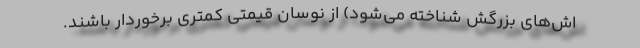
اش‌های بزرگش شناخته می‌شود) از نوسان قیمتی کمتری برخوردار باشند.